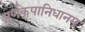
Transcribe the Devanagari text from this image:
पूर्णकृपानिधानम्